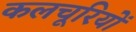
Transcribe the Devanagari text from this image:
कलचूरियों